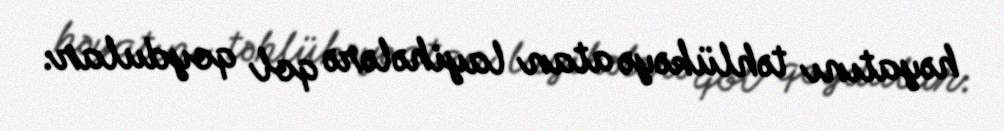
həyatını təhlükəyə atan layihələrə qol qoydular.